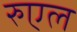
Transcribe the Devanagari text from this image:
रुएल